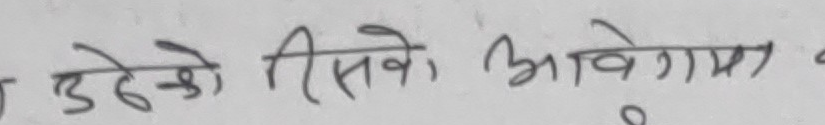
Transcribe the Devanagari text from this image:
उडेको सिस्के आवेगमा